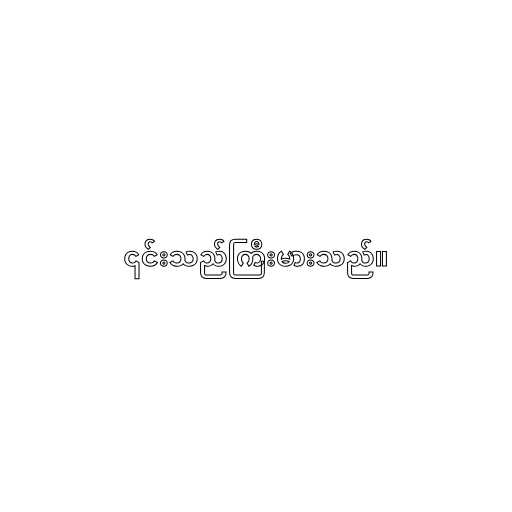
၎င်းသည်ကြီးမားသည်။